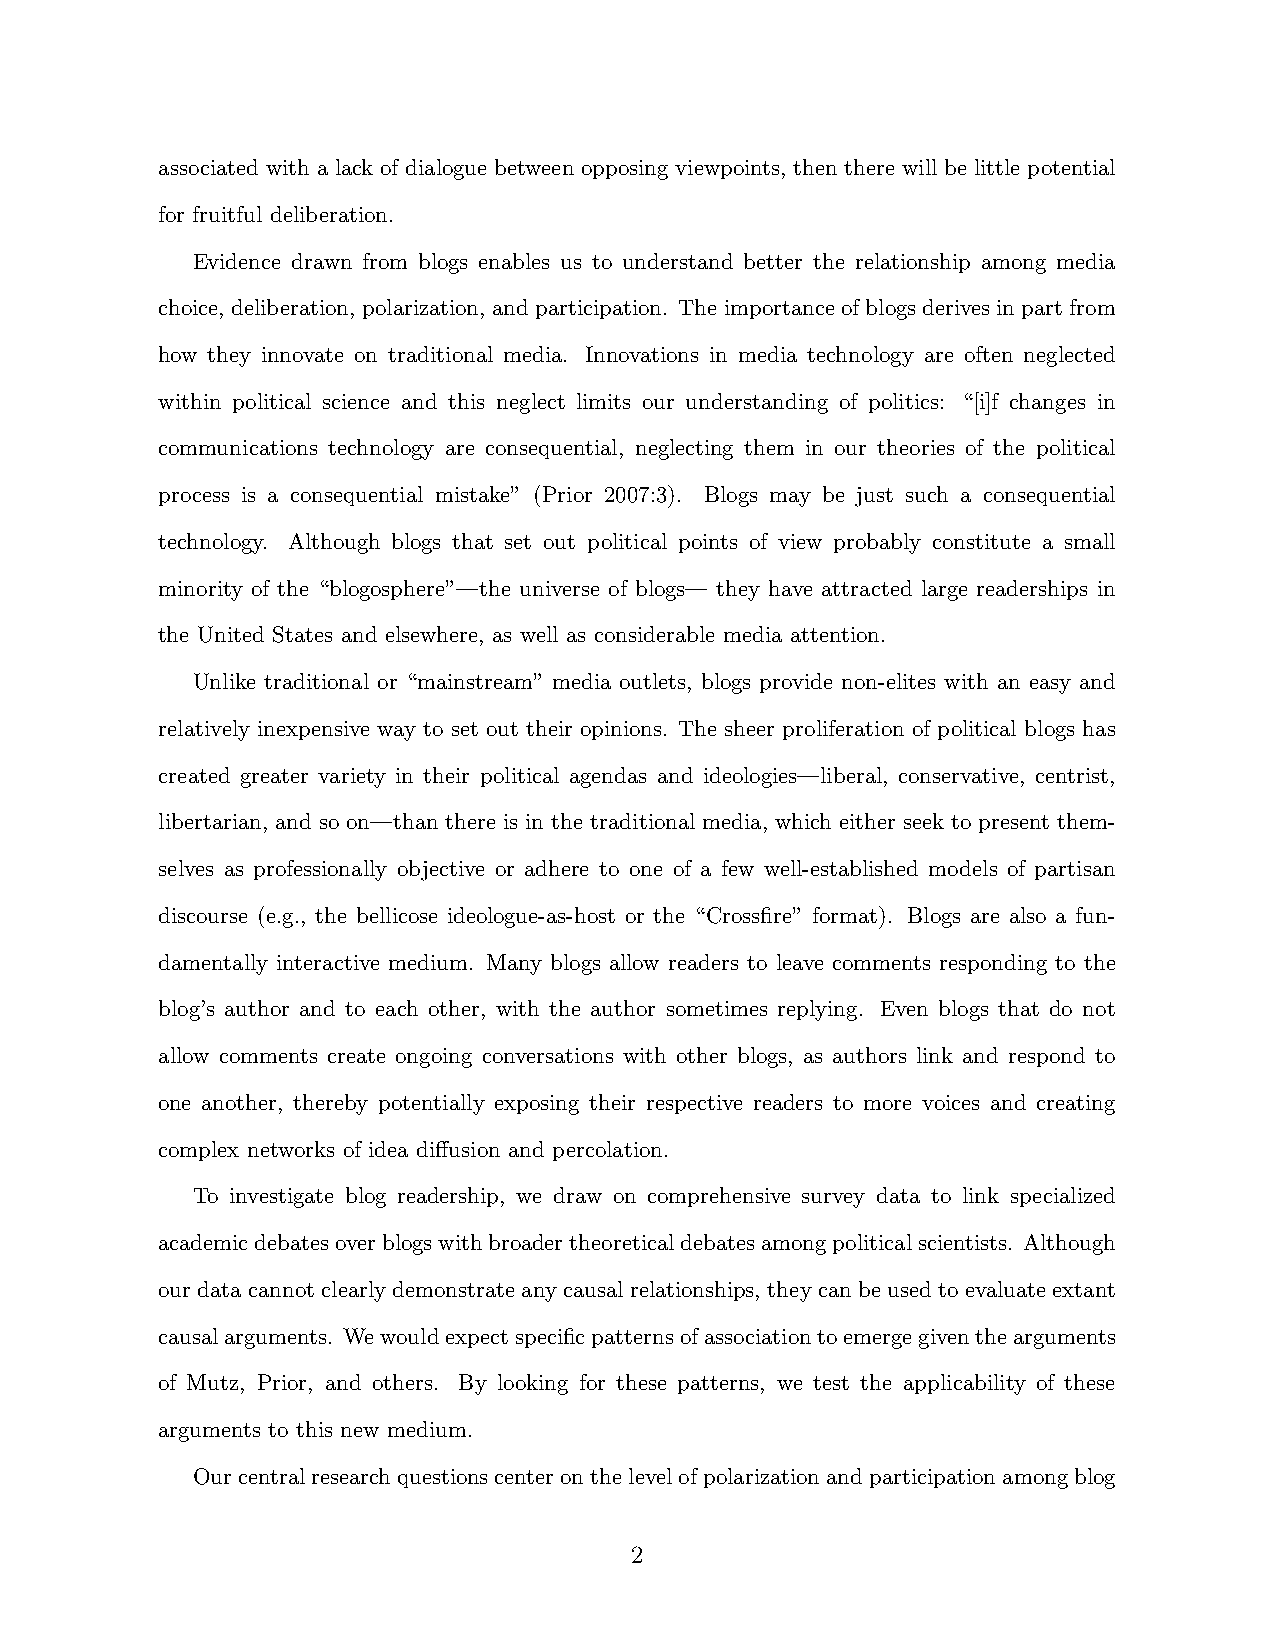
associated with a lack of dialogue between opposing viewpoints, then there will be little potential
 for fruitful deliberation.
 Evidence drawn from blogs enables us to understand better the relationship among media
 choice, deliberation, polarization, andparticipation. Theimportanceofblogsderivesinpartfrom
 how they innovate on traditional media. Innovations in media technology are often neglected
 within political science and this neglect limits our understanding of politics: “[i]f changes in
 communications technology are consequential, neglecting them in our theories of the political
 process is a consequential mistake” (Prior 2007:3). Blogs may be just such a consequential
 technology. Although blogs that set out political points of view probably constitute a small
 minority of the “blogosphere”—the universe of blogs— they have attracted large readerships in
 the United States and elsewhere, as well as considerable media attention.
 Unlike traditional or “mainstream” media outlets, blogs provide non-elites with an easy and
 relatively inexpensive way to set out their opinions. The sheer proliferation of political blogs has
 created greater variety in their political agendas and ideologies—liberal, conservative, centrist,
 libertarian, and so on—than there is in the traditional media, which either seek to present them-
 selves as professionally objective or adhere to one of a few well-established models of partisan
 discourse (e.g., the bellicose ideologue-as-host or the “Crossfire” format). Blogs are also a fun-
 damentally interactive medium. Many blogs allow readers to leave comments responding to the
 blog’s author and to each other, with the author sometimes replying. Even blogs that do not
 allow comments create ongoing conversations with other blogs, as authors link and respond to
 one another, thereby potentially exposing their respective readers to more voices and creating
 complex networks of idea diffusion and percolation.
 To investigate blog readership, we draw on comprehensive survey data to link specialized
 academicdebatesoverblogswithbroadertheoreticaldebatesamongpoliticalscientists. Although
 our data cannot clearly demonstrate any causal relationships, they can be used to evaluate extant
 causalarguments. Wewouldexpectspecificpatternsofassociationtoemergegiventhearguments
 of Mutz, Prior, and others. By looking for these patterns, we test the applicability of these
 arguments to this new medium.
 Ourcentralresearchquestionscenteronthelevelofpolarizationandparticipationamongblog
 2